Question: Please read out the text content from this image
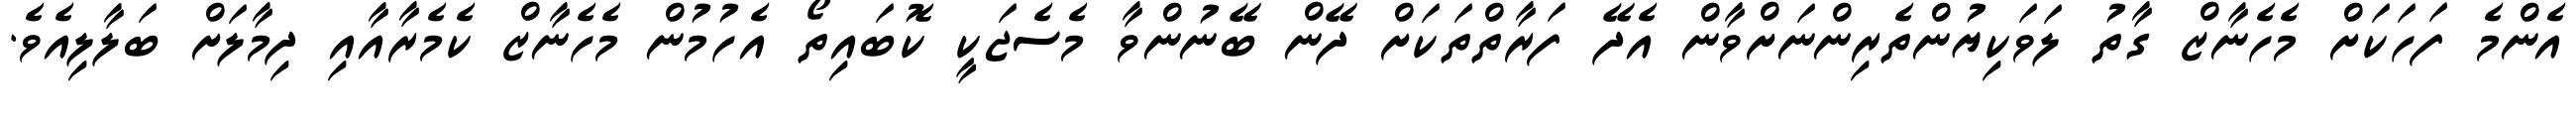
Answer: އެންމެ ފަހަކަށް މެހެނާޒް ގާތު ލަވަކިޔުންތެރިންނަށްވާން އެދޭ ފަރާތްތަކަށް ދޭން ބޭނުންވާ މެސެޖަކީ ކޮބައިތޯ އެހުމުން މެހެނާޒް ކެމެރާއާއި ދިމާލަށް ބަލާލިއެވެ.